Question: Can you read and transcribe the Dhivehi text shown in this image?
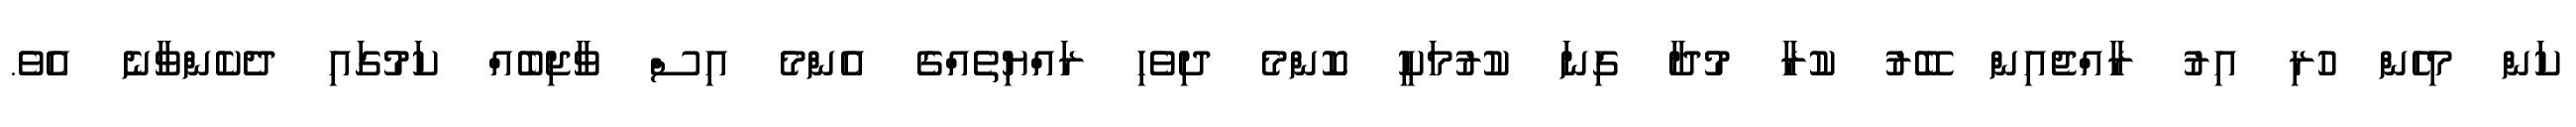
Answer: ކަން މިހެން ހުރި އިރު ރާއްޖެއިން ބޭރު ކުރާ މުދާ ގިނަ ކުރުމަކީ ކޮންމެ ދިވެހި ރައްޔިތެއްގެ އެންމެ އިސް ވާޖިބެއް ކަމުގައި ދެކެންވާނެ އެވެ.